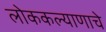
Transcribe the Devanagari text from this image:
लोककल्याणाचे